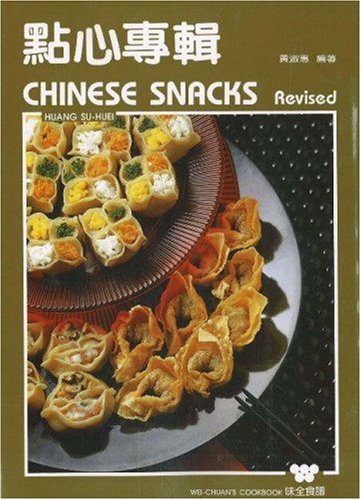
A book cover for Chinese Snacks (Wei Quan Shi Pu); Su-Huei Huang; Cookbooks, Food & Wine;